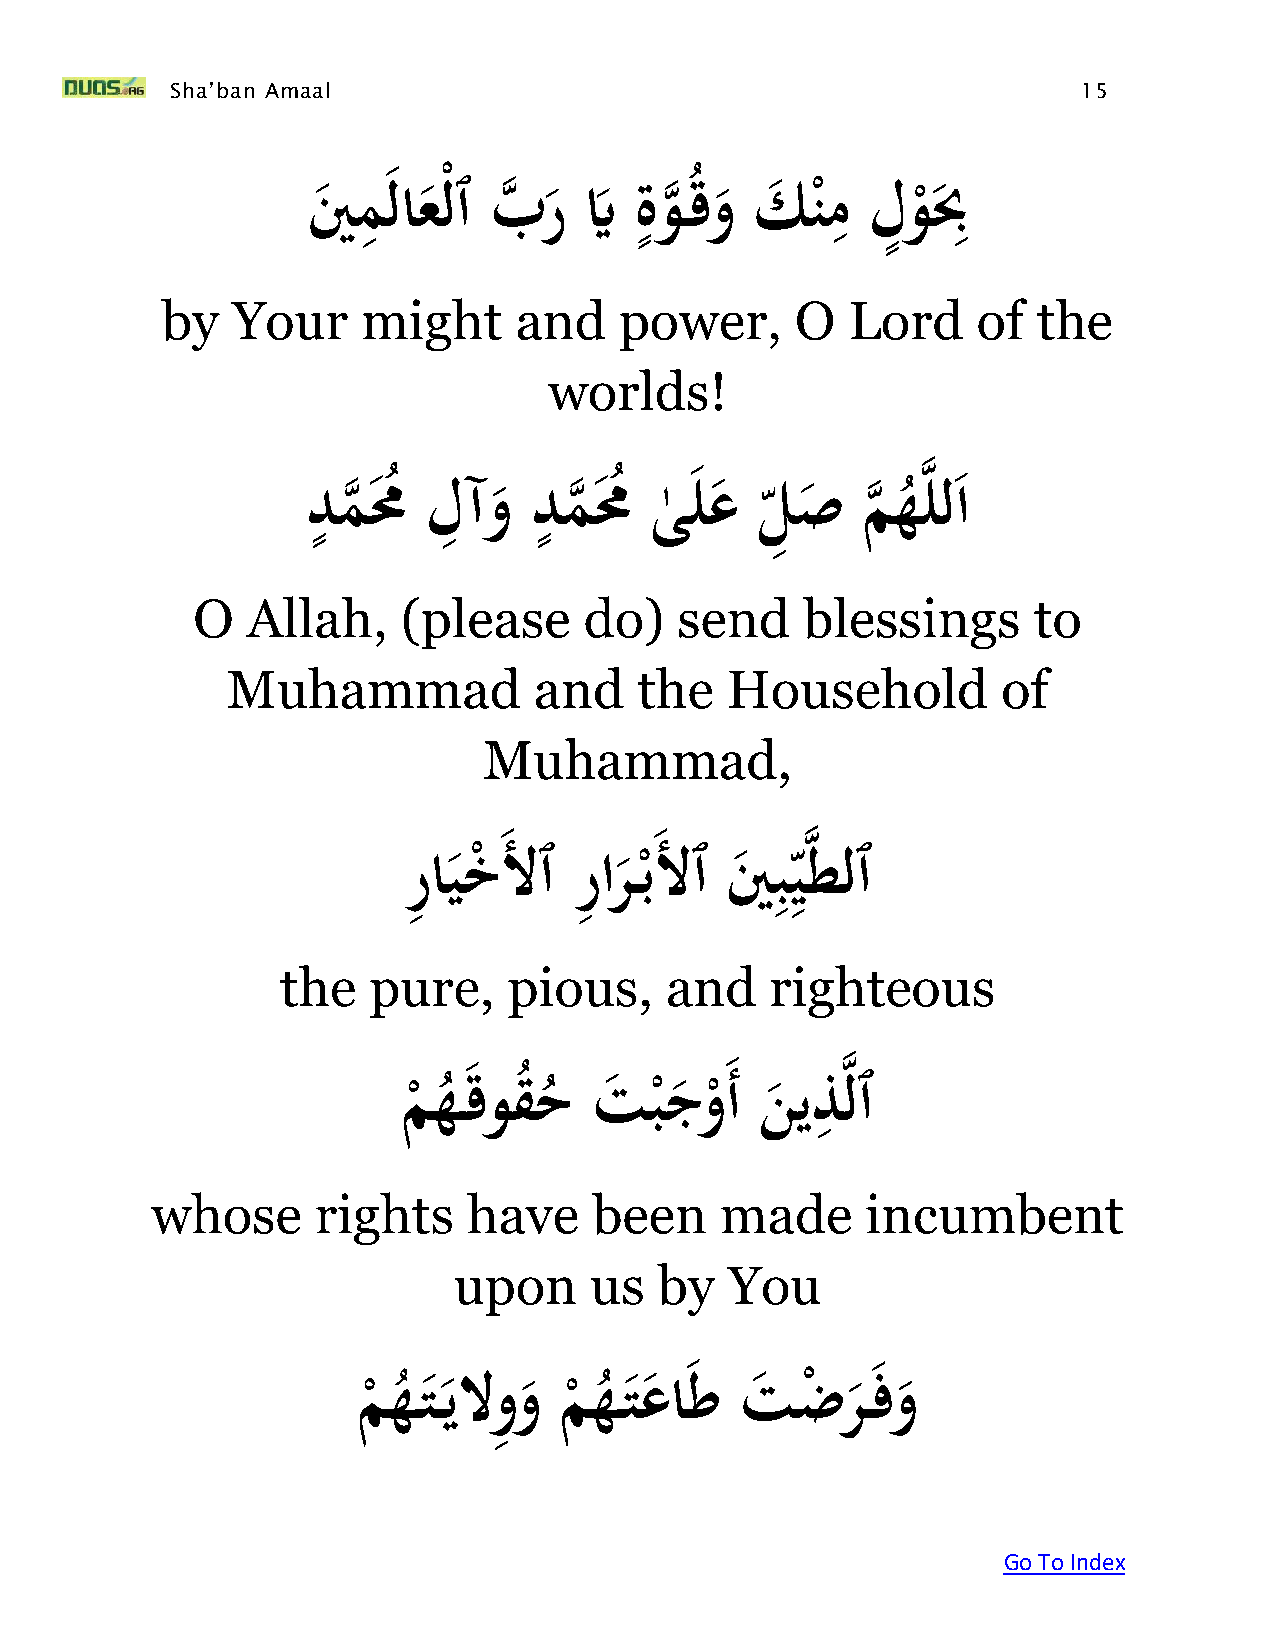
Sha’ban Amaal                                                15
 ِ                 ٍ            ِ  ٍ    ِ
 ينَ م لاع ْلٱَبه ر َيَّ َةو
 ه
 ُقو َك   ن ْمَلو
 ْ
 بِ
 by  Your     might     and    power,      O  Lord     of  the
 worlds!
 ٍ       ِ     ٍ                         ه
 َدم
 ه
 مُ
 ُ
 َلآو   َدم
 ه
 مُ
 ُ
 َى
 ٰ
 لع َل ِ ص َم
 ه
 َه
 ُ
 لل ا
 O  Allah,     (please     do)   send    blessings      to
 Muhammad            and    the   Household         of
 Muhammad,
 َرِ
 ايخ
 َلٱَرِ
 ار ب
 َلٱَينِ بِ يه
 طلٱ
 ْ
 ْ
 the  pure,     pious,    and    righteous
 ِ ه
 َمه قوق ُحَتبجو      أََنيذلٱ
 ْ ُ      ُ      ْ   ْ
 whose      rights    have    been     made     incumbent
 upon     us   by  You
 ِ
 َمه ت يلووَمه    تعا طَتضر        فو
 ْ ُ          ْ ُ
 ْ
 Go To Index